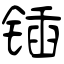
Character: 锸